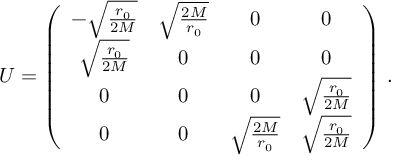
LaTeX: U = \left( \begin{array} { c c c c } { { - \sqrt { \frac { r _ { 0 } } { 2 M } } } } & { { \sqrt { \frac { 2 M } { r _ { 0 } } } } } & { { 0 } } & { { 0 } } \\ { { \sqrt { \frac { r _ { 0 } } { 2 M } } } } & { { 0 } } & { { 0 } } & { { 0 } } \\ { { 0 } } & { { 0 } } & { { 0 } } & { { \sqrt { \frac { r _ { 0 } } { 2 M } } } } \\ { { 0 } } & { { 0 } } & { { \sqrt { \frac { 2 M } { r _ { 0 } } } } } & { { \sqrt { \frac { r _ { 0 } } { 2 M } } } } \end{array} \right) \, .